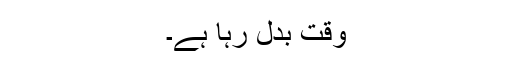
وقت بدل رہا ہے۔